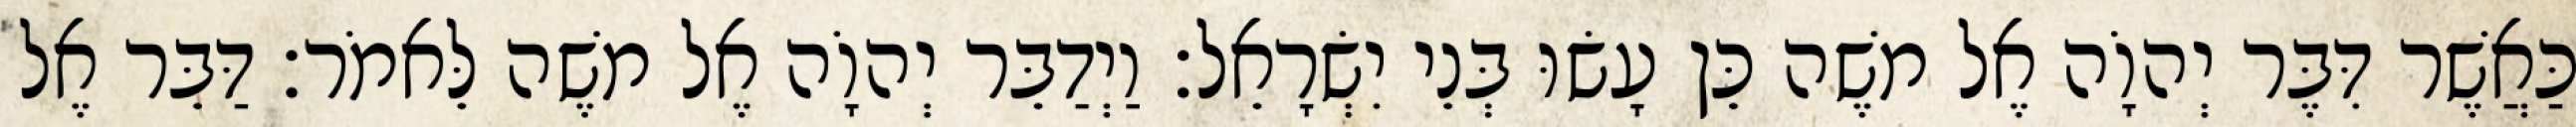
כַּאֲשֶׁר דִּבֶּר יְהוָֹה אֶל משֶׁה כֵּן עָשׂוּ בְּנֵי יִשְׂרָאֵל׃ וַיְדַבֵּר יְהוָֹה אֶל משֶׁה לֵּאמֹר׃ דַּבֵּר אֶל